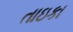
તાઇકા